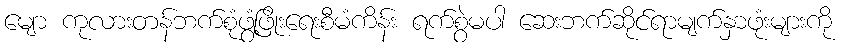
မျော ကုလားတန်ဘက်စုံဖွံ့ဖြိုးရေးစီမံကိန်း ရက်စွဲမပါ ဆေးဘက်ဆိုင်ရာမျက်နှာဖုံးများကို